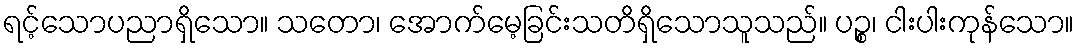
ရင့်သောပညာရှိသော။ သတော၊ အောက်မေ့ခြင်းသတိရှိသောသူသည်။ ပဉ္စ၊ ငါးပါးကုန်သော။